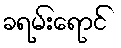
ခရမ်းရောင်